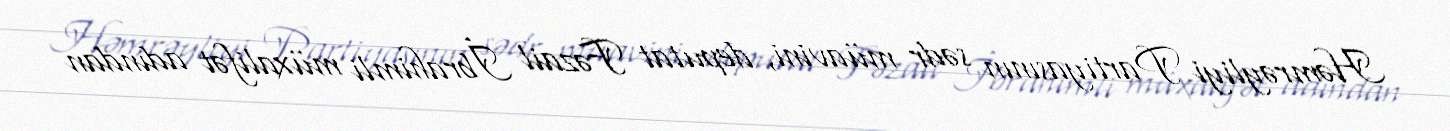
Həmrəyliyi Partiyasının sədr müavini, deputat Fəzail İbrahimli müxalifət adından